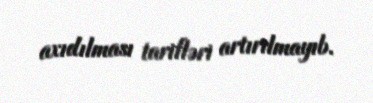
axıdılması tarifləri artırılmayıb.